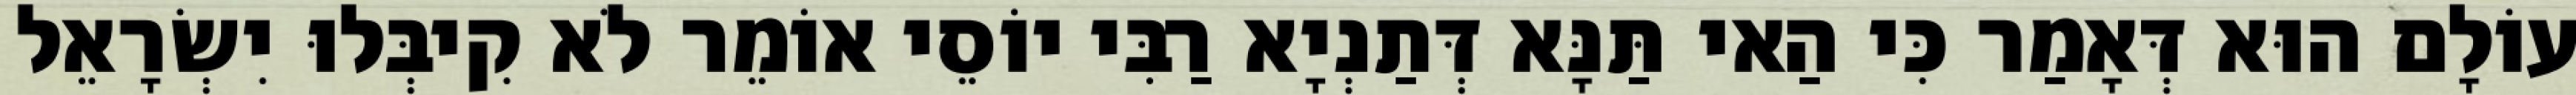
עוֹלָם הוּא דְּאָמַר כִּי הַאי תַּנָּא דְּתַנְיָא רַבִּי יוֹסֵי אוֹמֵר לֹא קִיבְּלוּ יִשְׂרָאֵל